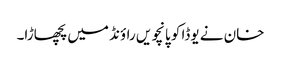
خان نے یوڈا کو پانچویں راؤنڈ میں پچھاڑا۔